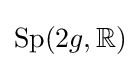
\mathrm {Sp} (2g,\mathbb {R} )